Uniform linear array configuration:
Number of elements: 4
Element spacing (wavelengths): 0.25
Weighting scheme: cosine
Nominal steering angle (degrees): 15
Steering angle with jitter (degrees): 14.398
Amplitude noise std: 0.05
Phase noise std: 0.05

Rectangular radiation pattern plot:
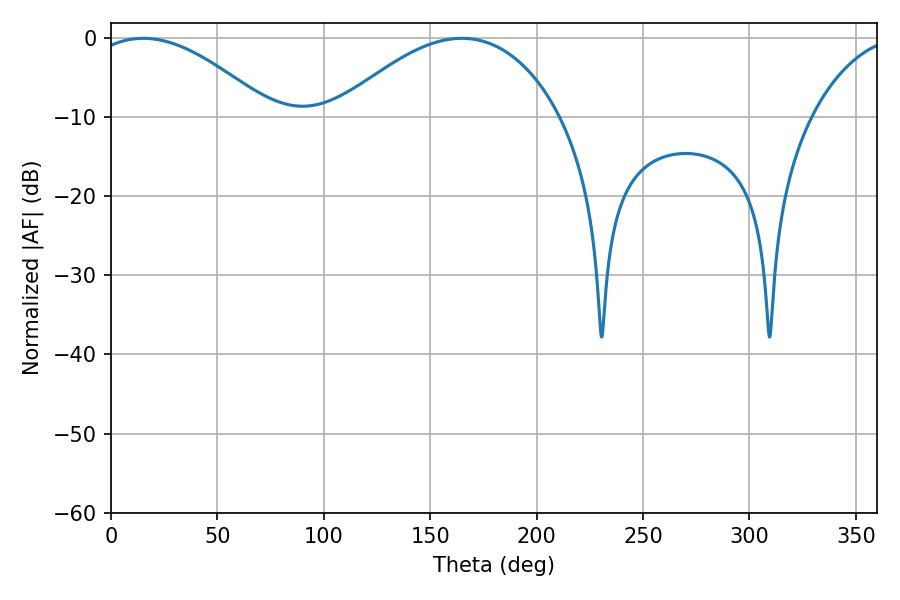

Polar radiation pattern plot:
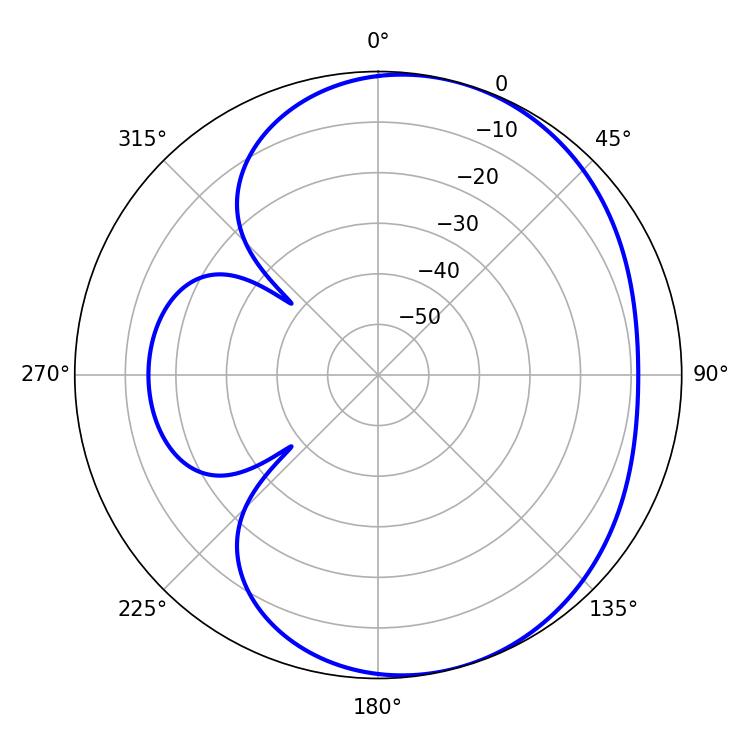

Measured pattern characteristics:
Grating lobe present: FALSE
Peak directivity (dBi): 4.561
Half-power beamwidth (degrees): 46.8
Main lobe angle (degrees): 15.12